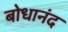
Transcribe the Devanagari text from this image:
बोधानंद